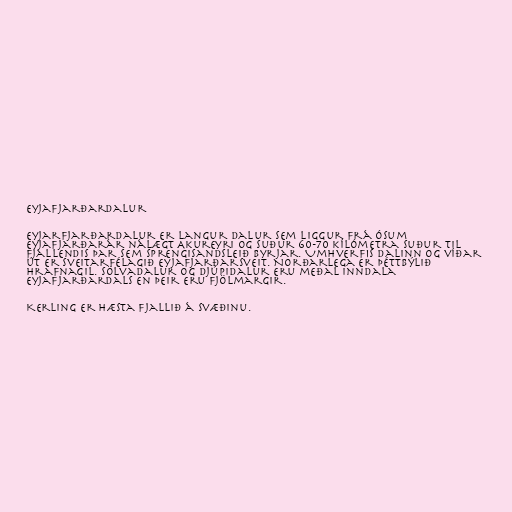
Eyjafjarðardalur

Eyjarfjarðardalur er langur dalur sem liggur frá ósum
Eyjafjarðarár nálægt Akureyri og suður 60-70 kílómetra suður til
fjallendis þar sem Sprengisandsleið byrjar. Umhverfis dalinn og víðar
út er sveitarfélagið Eyjafjarðarsveit. Norðarlega er þéttbýlið
Hrafnagil. Sölvadalur og Djúpidalur eru meðal inndala
Eyjafjarðardals en þeir eru fjölmargir.

Kerling er hæsta fjallið á svæðinu.